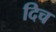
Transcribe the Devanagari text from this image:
दिच